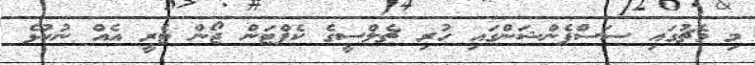
މި މެޗުގައި ސަސްޕެންޝަންގައި ހުރި ޗެލްސީގެ ކެޕްޓަން ޖޯން ޓެރީ އެއް ނުކުޅެ